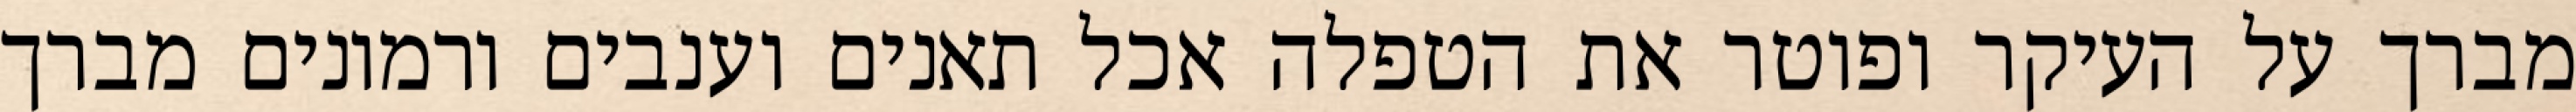
מברך על העיקר ופוטר את הטפלה אכל תאנים וענבים ורמונים מברך